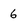
Character: 6